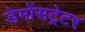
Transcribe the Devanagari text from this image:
डेमोंसट्रेटर